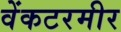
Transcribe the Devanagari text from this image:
वेंकटरमीर